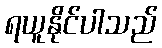
ရယူနိုင်ပါသည်